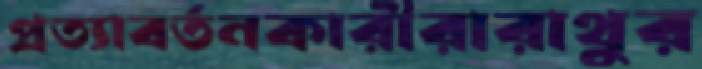
প্রত্যাবর্তনকারীরারাথুর